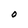
Character: O